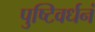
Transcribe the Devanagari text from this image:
पुष्टिवर्धनं